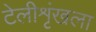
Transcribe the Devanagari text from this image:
टेलीशृंखला